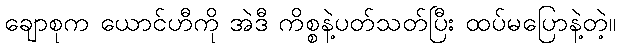
ချောစုက ယောင်ဟီကို အဲဒီ ကိစ္စနဲ့ပတ်သတ်ပြီး ထပ်မပြောနဲ့တဲ့။